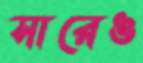
সারেঙ